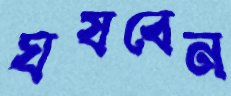
ঘষবেন